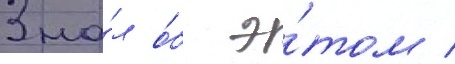
Зна́л о́б э́том /